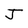
Character: J